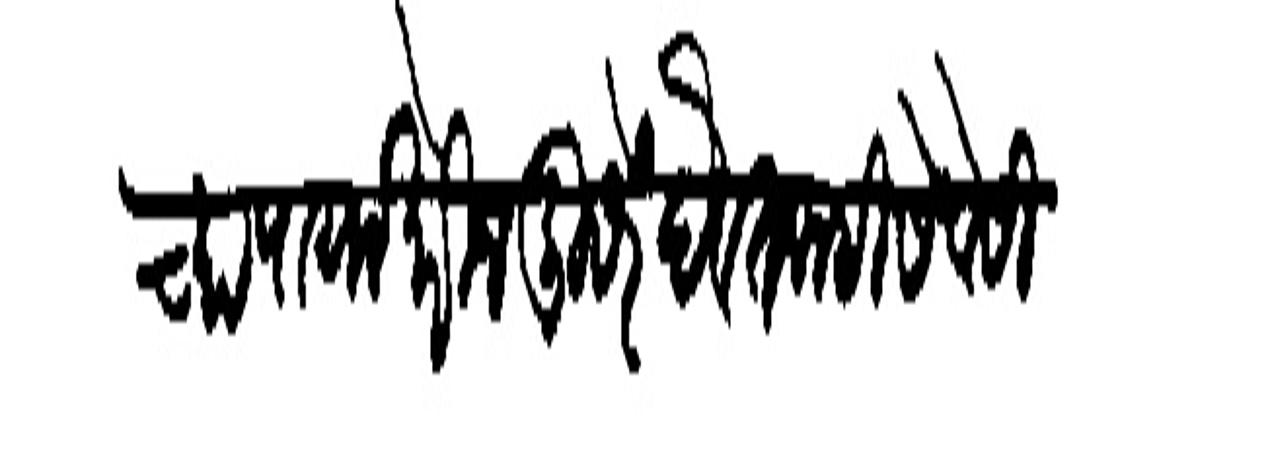
Transliteration (Devanagari): च्या पायाखेरीज बुसरें ईेवत नाही सेवेसी